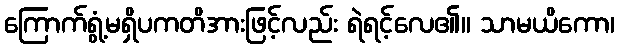
ကြောက်ရွံ့မရှိပကတိအားဖြင့်လည်း ရဲရင့်လေ၏။ သာမယိကော၊